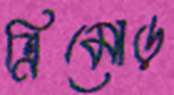
ত্রিমোড়